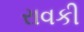
રાવકી